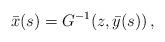
LaTeX: \begin{align*} \bar{x}(s) = G^{-1}(z, \bar{y}(s))\,, \end{align*}